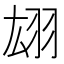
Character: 翃